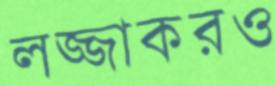
লজ্জাকরও